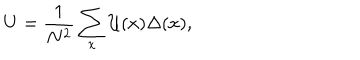
U = \frac { 1 } { N ^ { 2 } } \sum _ { x } \mathcal { U } ( x ) \Delta ( x ) ,